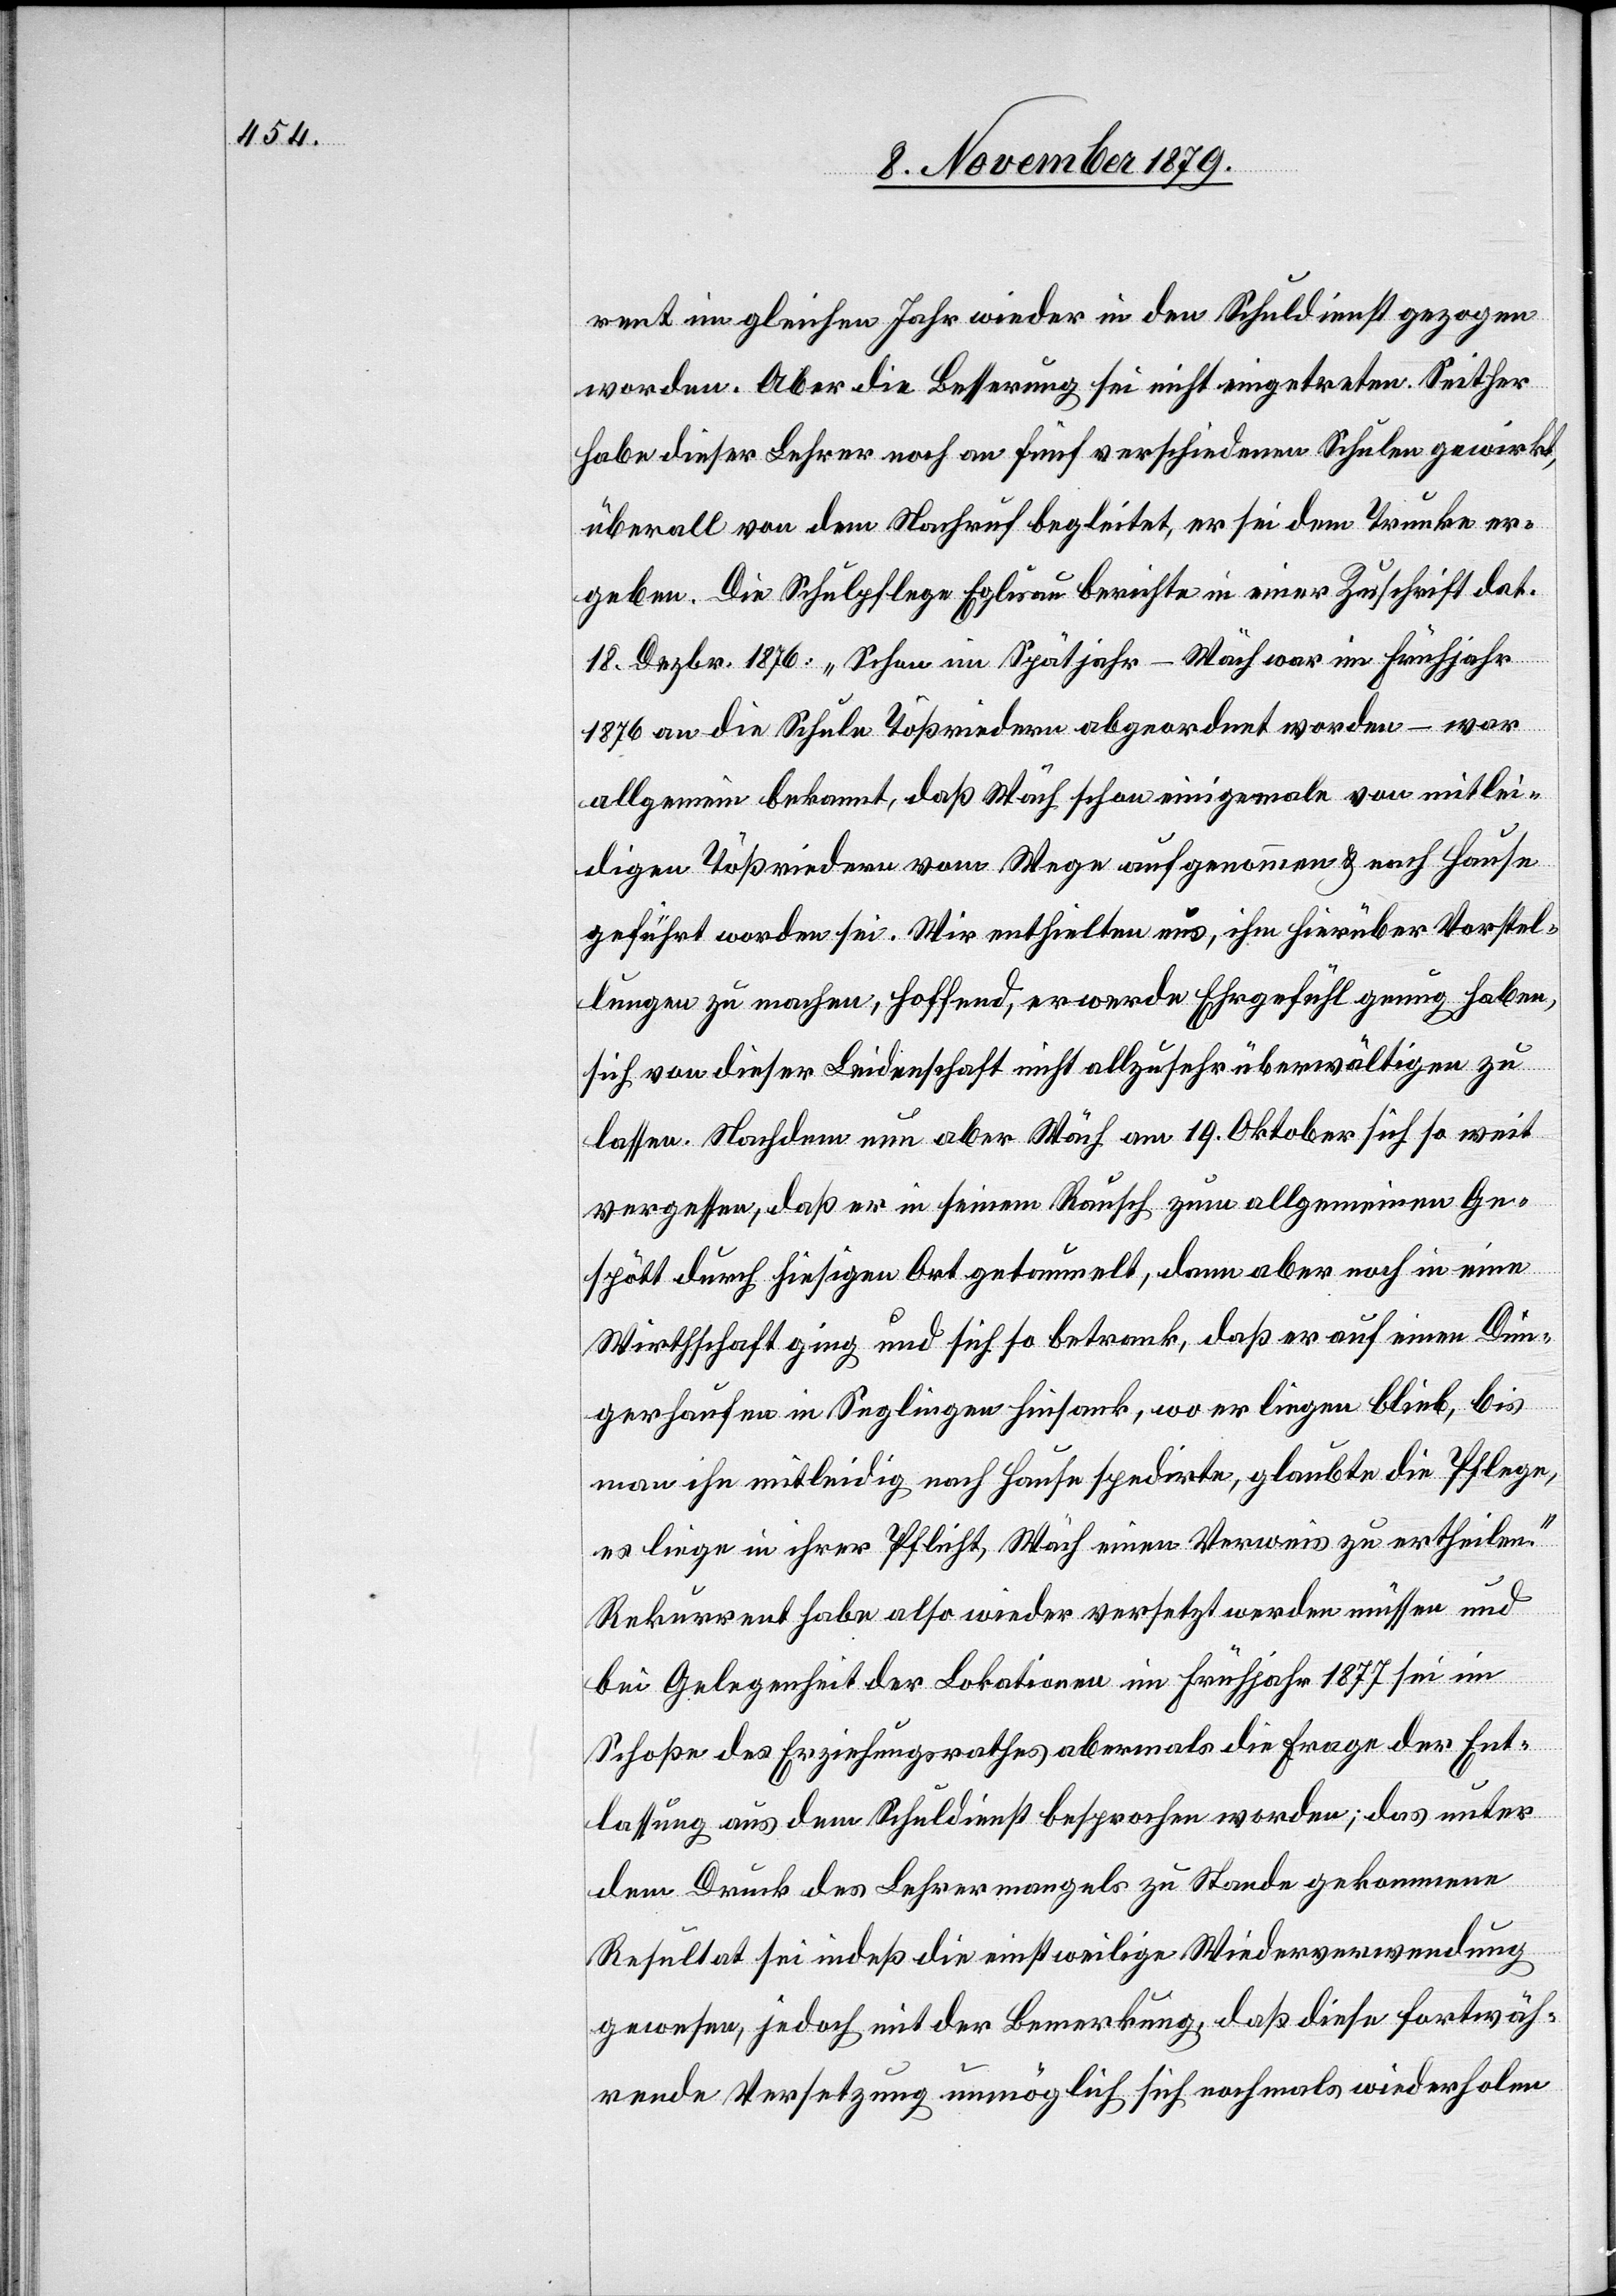
rent im gleichen Jahr wieder in den Schuldienst gezogen
worden. Aber die Besserung sei nicht eingetreten. Seither
habe dieser Lehrer noch an fünf verschiedenen Schulen gewirkt,
überall von dem Nachruf begleitet, er sei dem Trunke er¬
geben. Die Schulpflege Eglisau berichtet in einer Zuschrift dat.
18. Dezbr. 1876: „Schon im Spätjahr – Wäch war im Frühjahr
1876 an die Schule Tößriedern abgeordnet worden – war
allgemein bekannt, daß Wäch schon einige Male von mitlei¬
digen Tößriedern vom Wege aufgenommen & nach Hause
geführt worden sei. Wir enthielten uns, ihm hierüber Vorstel¬
lungen zu machen, hoffend, er werde Ehrgefühl genug haben,
sich von dieser Leidenschaft nicht allzu sehr überwältigen zu
lassen. Nachdem nun aber Wäch am 19. Oktober sich ja so weit
vergessen, daß er in seinem Rausch zum allgemeinen Ge¬
spött durch hiesigen Ort getaumelt, dann aber noch in eine
Wirthschaft ging und sich so betrank, daß er auf einen Dün¬
gerhaufen in Seglingen hinsank, wo er liegen blieb, bis
man ihn mitleidig nach Hause spedirte, glaubte die Pflege,
es liege in ihrer Pflicht, Wäch einen Verweis zu erhheilen.“
Rekurrent habe also wieder versetzt werden müssen und
bei Gelegenheit der Lokationen im Frühjahr 1877 sei im
Schoße des Erziehungsrathes abermals die Frage der Ent¬
lassung aus dem Schuldienst besprochen worden; das unter
dem Druck des Lehrermangels zu Stande gekommene
Resultat sei indeß die einstweilige Wiederverwendung
gewesen, jedoch mit der Bemerkung, daß diese fortwäh¬
rende Versetzung unmöglich sich nochmals wiederholen